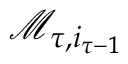
\mathcal { M } _ { \tau , i _ { \tau - 1 } }